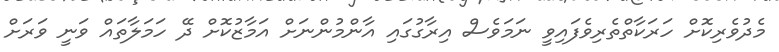
މެދުވެރިކޮށް ހަރަކާތްތެރިވެފައިވީ ނަމަވެސް އިރާގުގައި އާންމުންނަށް އަމާޒުކޮށް ދޭ ހަމަލާތައް ވަނީ ވަރަށް